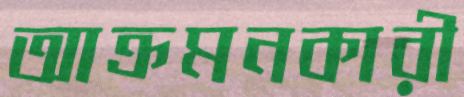
আক্রমনকারী